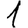
Digit: 1